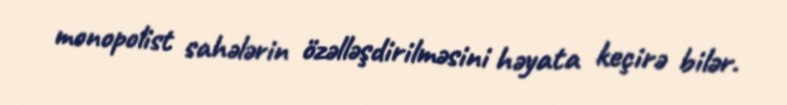
monopolist sahələrin özəlləşdirilməsini həyata keçirə bilər.